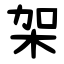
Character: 架